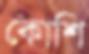
কোশি